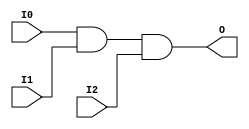
module X_AND3 (O, I0, I1, I2);

  parameter LOC = "UNPLACED";
  output O;
  input I0, I1, I2;

  and (O, I0, I1, I2);

  specify

	(I0 => O) = (0:0:0, 0:0:0);
	(I1 => O) = (0:0:0, 0:0:0);
	(I2 => O) = (0:0:0, 0:0:0);
	specparam PATHPULSE$ = 0;

  endspecify

endmodule